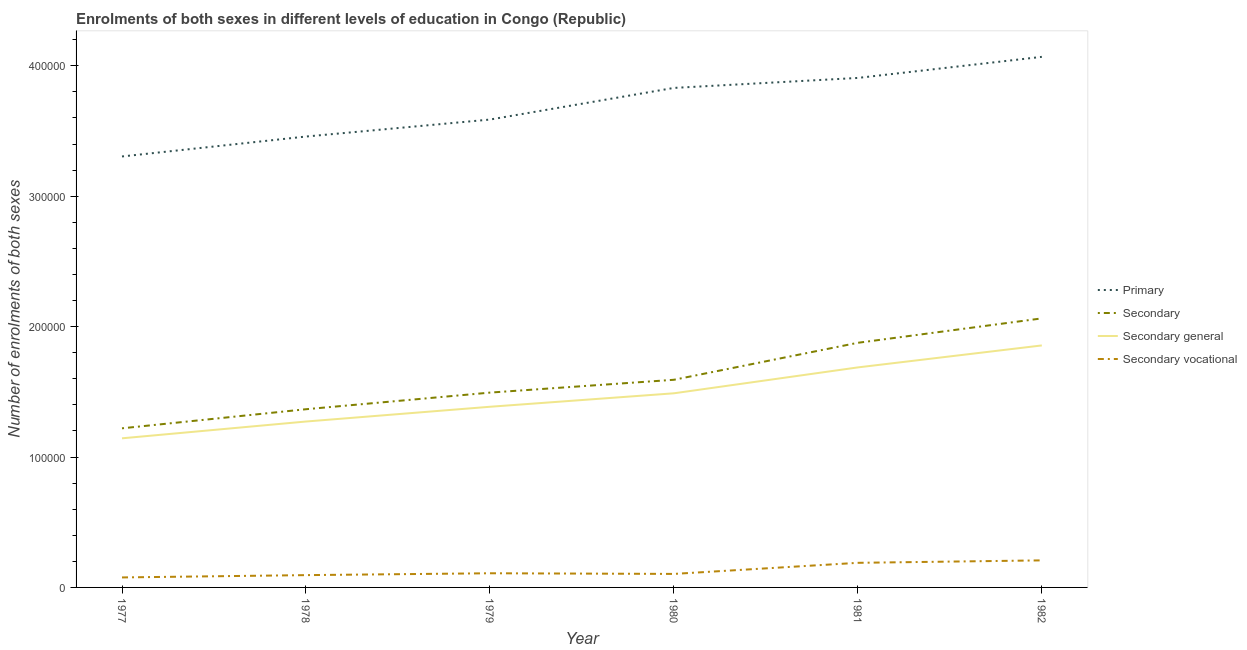
| Year | Primary | Secondary | Secondary general | Secondary vocational |
 | --- | --- | --- | --- | --- |
 | 1977 | 3.3e+05 | 1.22e+05 | 1.14e+05 | 7.66e+03 |
 | 1978 | 3.46e+05 | 1.37e+05 | 1.27e+05 | 9.43e+03 |
 | 1979 | 3.59e+05 | 1.49e+05 | 1.39e+05 | 1.09e+04 |
 | 1980 | 3.83e+05 | 1.59e+05 | 1.49e+05 | 1.04e+04 |
 | 1981 | 3.91e+05 | 1.88e+05 | 1.69e+05 | 1.89e+04 |
 | 1982 | 4.07e+05 | 2.06e+05 | 1.86e+05 | 2.07e+04 |